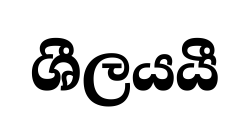
ශීලයයී